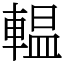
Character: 輼